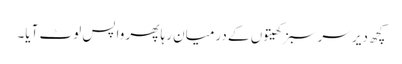
کچھ دیر سرسبز کھیتوں کے درمیان رہا پھر واپس لوٹ آیا۔